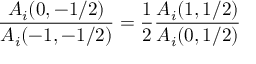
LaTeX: \frac { A _ { i } ( 0 , - 1 / 2 ) } { A _ { i } ( - 1 , - 1 / 2 ) } = \frac { 1 } { 2 } \frac { A _ { i } ( 1 , 1 / 2 ) } { A _ { i } ( 0 , 1 / 2 ) }